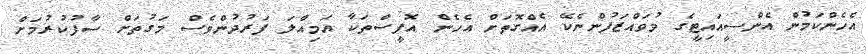
އެހެންކަމުން އެންސީއައިޓީގެ މުވައްޒަފުންނެކޭ އެއްގޮތަށް އެހެން އޮފީސްތަކާ އަމިއްލަ ފަރުދުންވެސް މަގުތަށް ސާފުކުރުމަށް